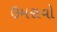
ઉમરાવો